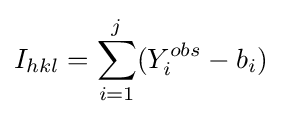
I_{hkl}=\sum _{i=1}^{j}(Y_{i}^{obs}-b_{i})